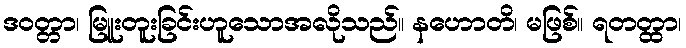
ဒဝတ္တာ၊ မြူးတူးခြင်းဟူသောအလိုသည်။ နဟောတိ၊ မဖြစ်။ ရတတ္ထာ၊